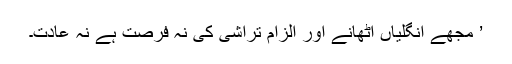
’ مجھے انگلیاں اٹھانے اور الزام تراشی کی نہ فرصت ہے نہ عادت۔